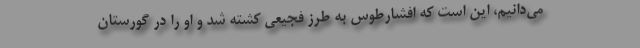
می‌دانیم، این است که افشارطوس به طرز فجیعی کشته شد و او را در گورستان